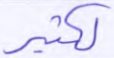
لكثير